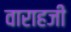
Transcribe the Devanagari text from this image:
वाराहजी